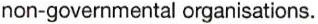
non-governmental organisations.